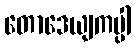
တောဒေယျကပ္ပါ